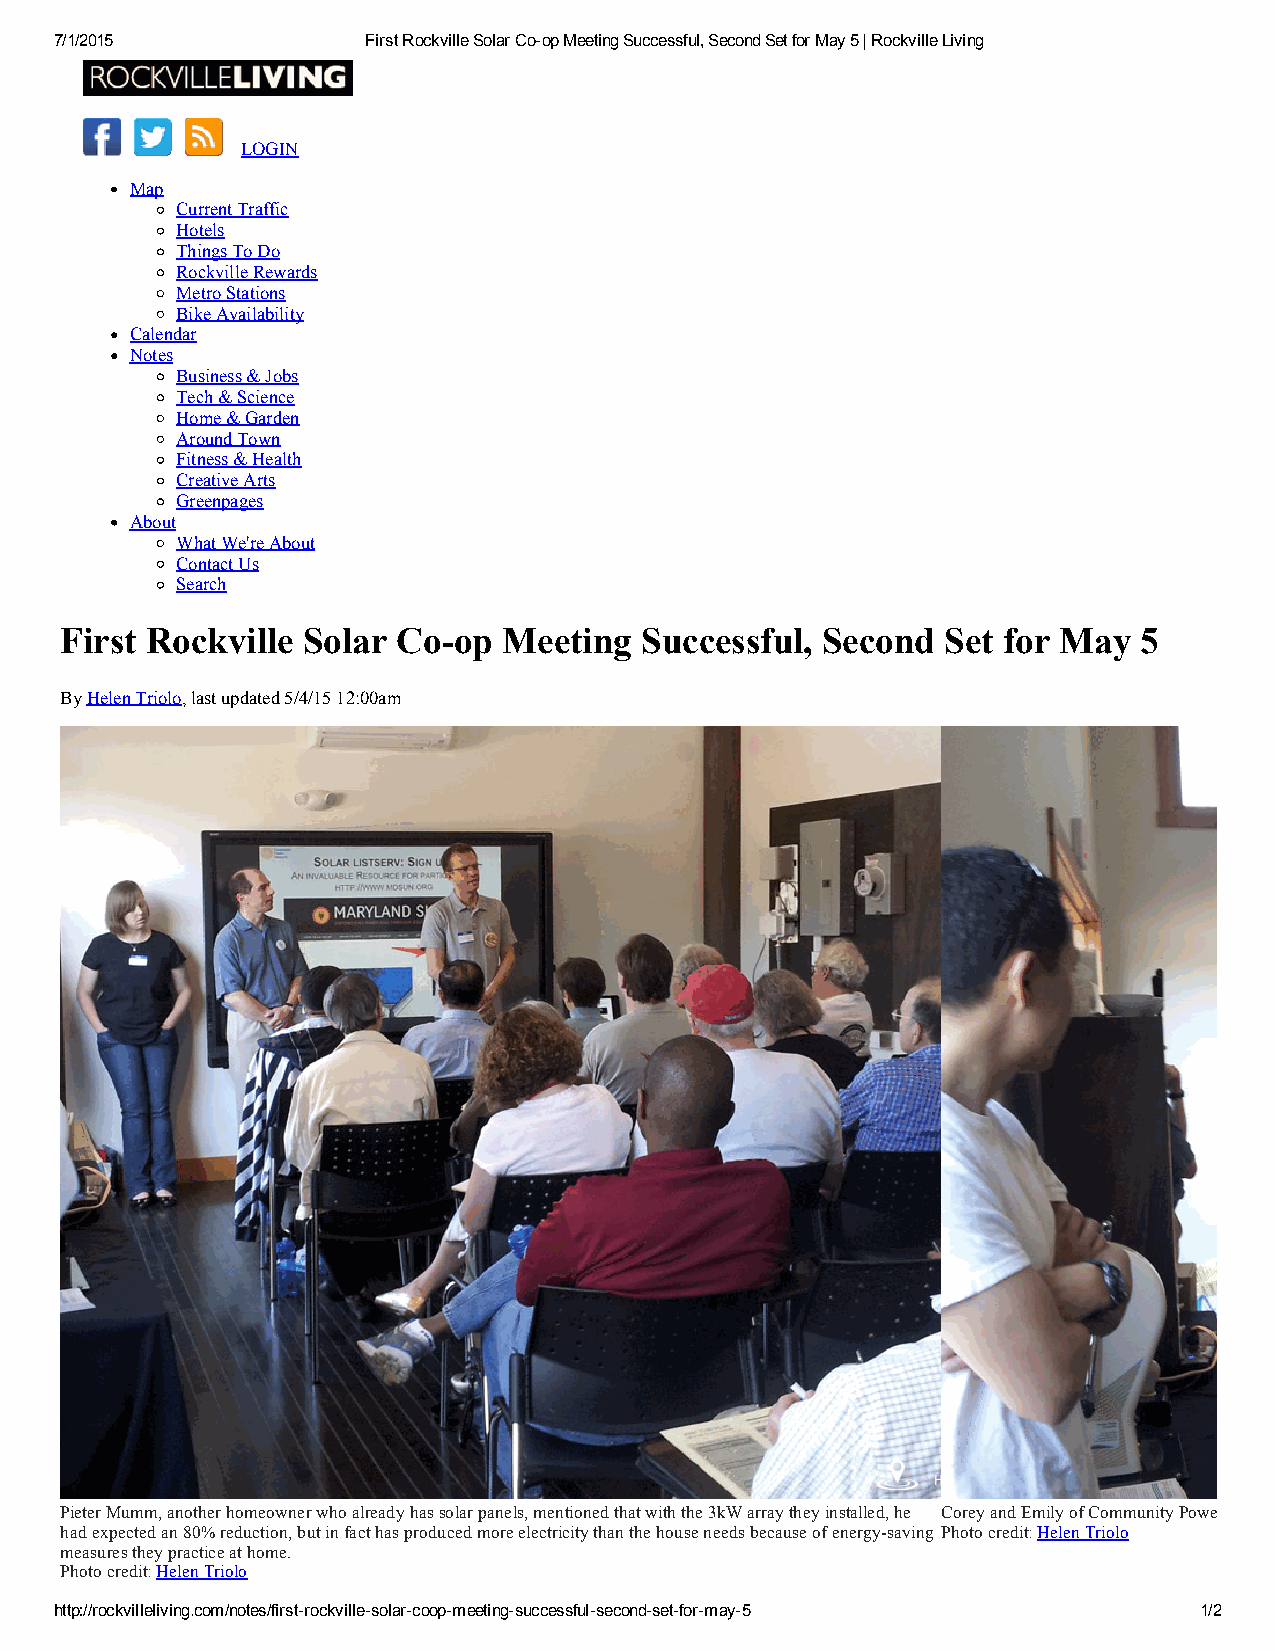
7/1/2015            First Rockville Solar Co­op Meeting Successful, Second Set for May 5 | Rockville Living
 LOGIN
 Map
 Current Traffic
 Hotels
 Things To Do
 Rockville Rewards
 Metro Stations
 Bike Availability
 Calendar
 Notes
 Business & Jobs
 Tech & Science
 Home & Garden
 Around Town
 Fitness & Health
 Creative Arts
 Greenpages
 About
 What We're About
 Contact Us
 Search
 First Rockville Solar Co­op  Meeting  Successful, Second   Set for May  5
 By Helen Triolo, last updated 5/4/15 12:00am
 Pieter Mumm, another homeowner who already has solar panels, mentioned that with the 3kW array they installed, he Corey and Emily of Community Power Network discuss the process of getting involved in Rockville's solar cooperative.
 had expected an 80% reduction, but in fact has produced more electricity than the house needs because of energy­saving Photo credit: Helen Triolo
 measures they practice at home.
 Photo credit: Helen Triolo
 http://rockvilleliving.com/notes/first­rockville­solar­coop­meeting­successful­second­set­for­may­5 1/2